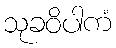
သုခဝိပါကံ